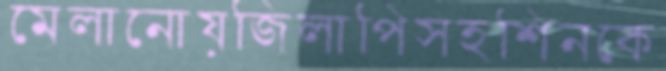
মেলানোয়জিলাপিসহশিনকে